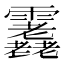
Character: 𩇇